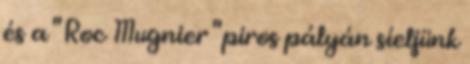
és a " Roc Mugnier " piros pályán síeljünk